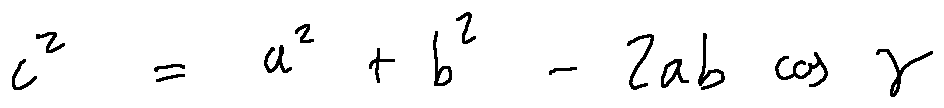
c ^ { 2 } = a ^ { 2 } + b ^ { 2 } - 2 a b \cos \gamma